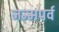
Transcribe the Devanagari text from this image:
जन्मपर्व